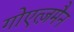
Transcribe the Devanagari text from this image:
गोएत्ज़मैन